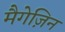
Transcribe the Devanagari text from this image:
मैगेज़िन